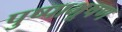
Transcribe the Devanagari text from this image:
पुष्पाभूषण